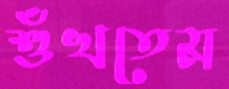
শুঁখতেম